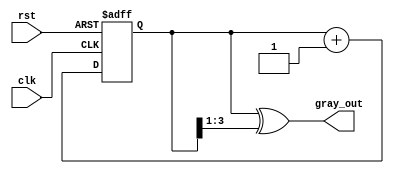
module gray_counter (
    input wire clk,
    input wire rst,
    output reg [3:0] gray_out
);

reg [3:0] count;

always @(posedge clk or posedge rst) begin
    if (rst) begin
        count <= 4'b0000;
    end else begin
        count <= count + 1;
    end
end

assign gray_out = count ^ (count >> 1);

endmodule